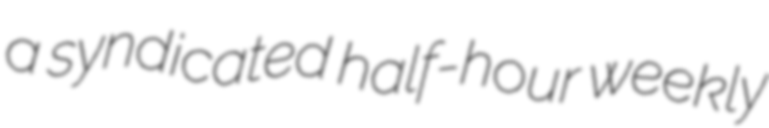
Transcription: a syndicated half-hour weekly